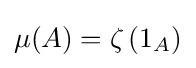
\mu (A)=\zeta \left(1_{A}\right)